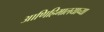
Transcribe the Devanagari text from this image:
आणिहिमालयाच्या